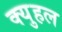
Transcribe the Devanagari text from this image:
क्युहल